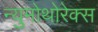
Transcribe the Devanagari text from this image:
न्युमोथोरेक्स